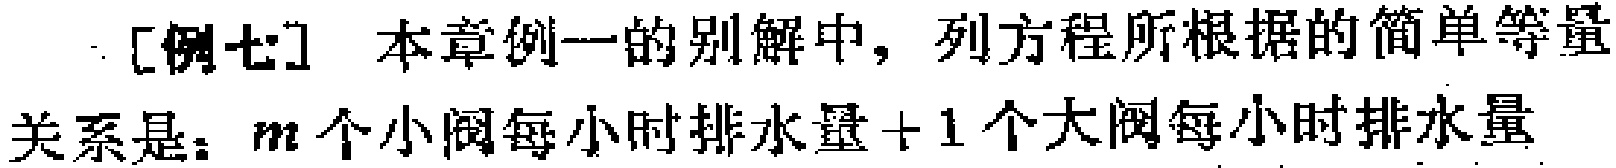
[例七] 本章例一的别解中，列方程所根据的简单等量关系是：\(m\)个小阀每小时排水量 + 1个大阀每小时排水量